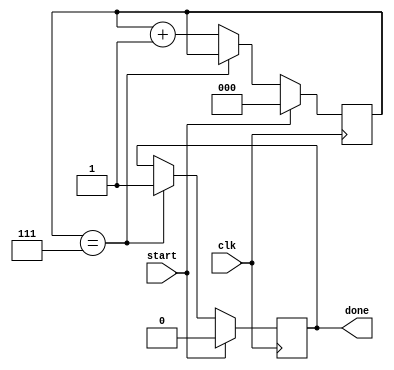
//name: P.V.SL. Hari Chandana
//roll no.: 16CS30026
`timescale 1ns / 1ps
//////////////////////////////////////////////////////////////////////////////////
// Company: 
// Engineer: 
// 
// Design Name: 
// Module Name:    counter 
// Project Name: 
// Target Devices: 
// Tool versions: 
// Description: 
//
// Dependencies: 
//
// Revision: 
// Revision 0.01 - File Created
// Additional Comments: 
//
//////////////////////////////////////////////////////////////////////////////////
module counter(input clk, input start, output done
    );
reg[2:0] count; //mainting count of 7
reg done1;
assign done = done1;
always @(posedge clk)
begin
	if(start) //if start the count and done are initialized to 0 
	begin
		count <=3'b000;
		done1 <= 1'b0;
	end
	else
	begin			//else if count reaches 7 done is updatd or count is incremented
		if(count==3'b111)
			done1 <= 1'b1;
		else
			count <= count + 3'b001;
	end
end

endmodule